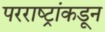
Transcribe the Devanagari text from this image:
परराष्ट्रांकडून